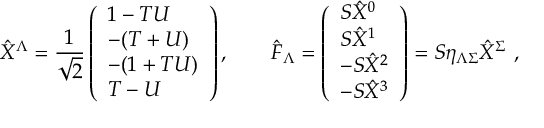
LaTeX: \hat { X } ^ { \Lambda } = { \frac { 1 } { \sqrt 2 } } \left( \begin{array} { l } { { 1 - T U } } \\ { { - ( T + U ) } } \\ { { - ( 1 + T U ) } } \\ { { T - U } } \end{array} \right) , \qquad \hat { F } _ { \Lambda } = \left( \begin{array} { l } { { S \hat { X } ^ { 0 } } } \\ { { S \hat { X } ^ { 1 } } } \\ { { - S \hat { X } ^ { 2 } } } \\ { { - S \hat { X } ^ { 3 } } } \end{array} \right) = S \eta _ { \Lambda \Sigma } \hat { X } ^ { \Sigma } \ ,